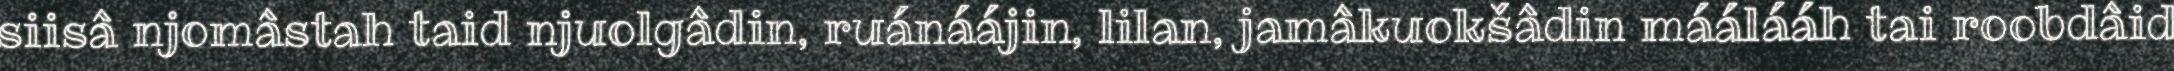
siisâ njomâstah taid njuolgâdin, ruánáájin, lilan, jamâkuokšâdin máálááh tai roobdâid